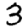
Digit: 3